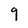
Character: 9